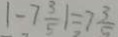
\vert - 7 \frac { 3 } { 5 } \vert = 7 \frac { 3 } { 5 }